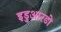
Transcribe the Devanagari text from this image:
इडुआरडो